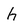
Character: h